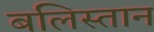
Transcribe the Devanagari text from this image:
बलिस्तान